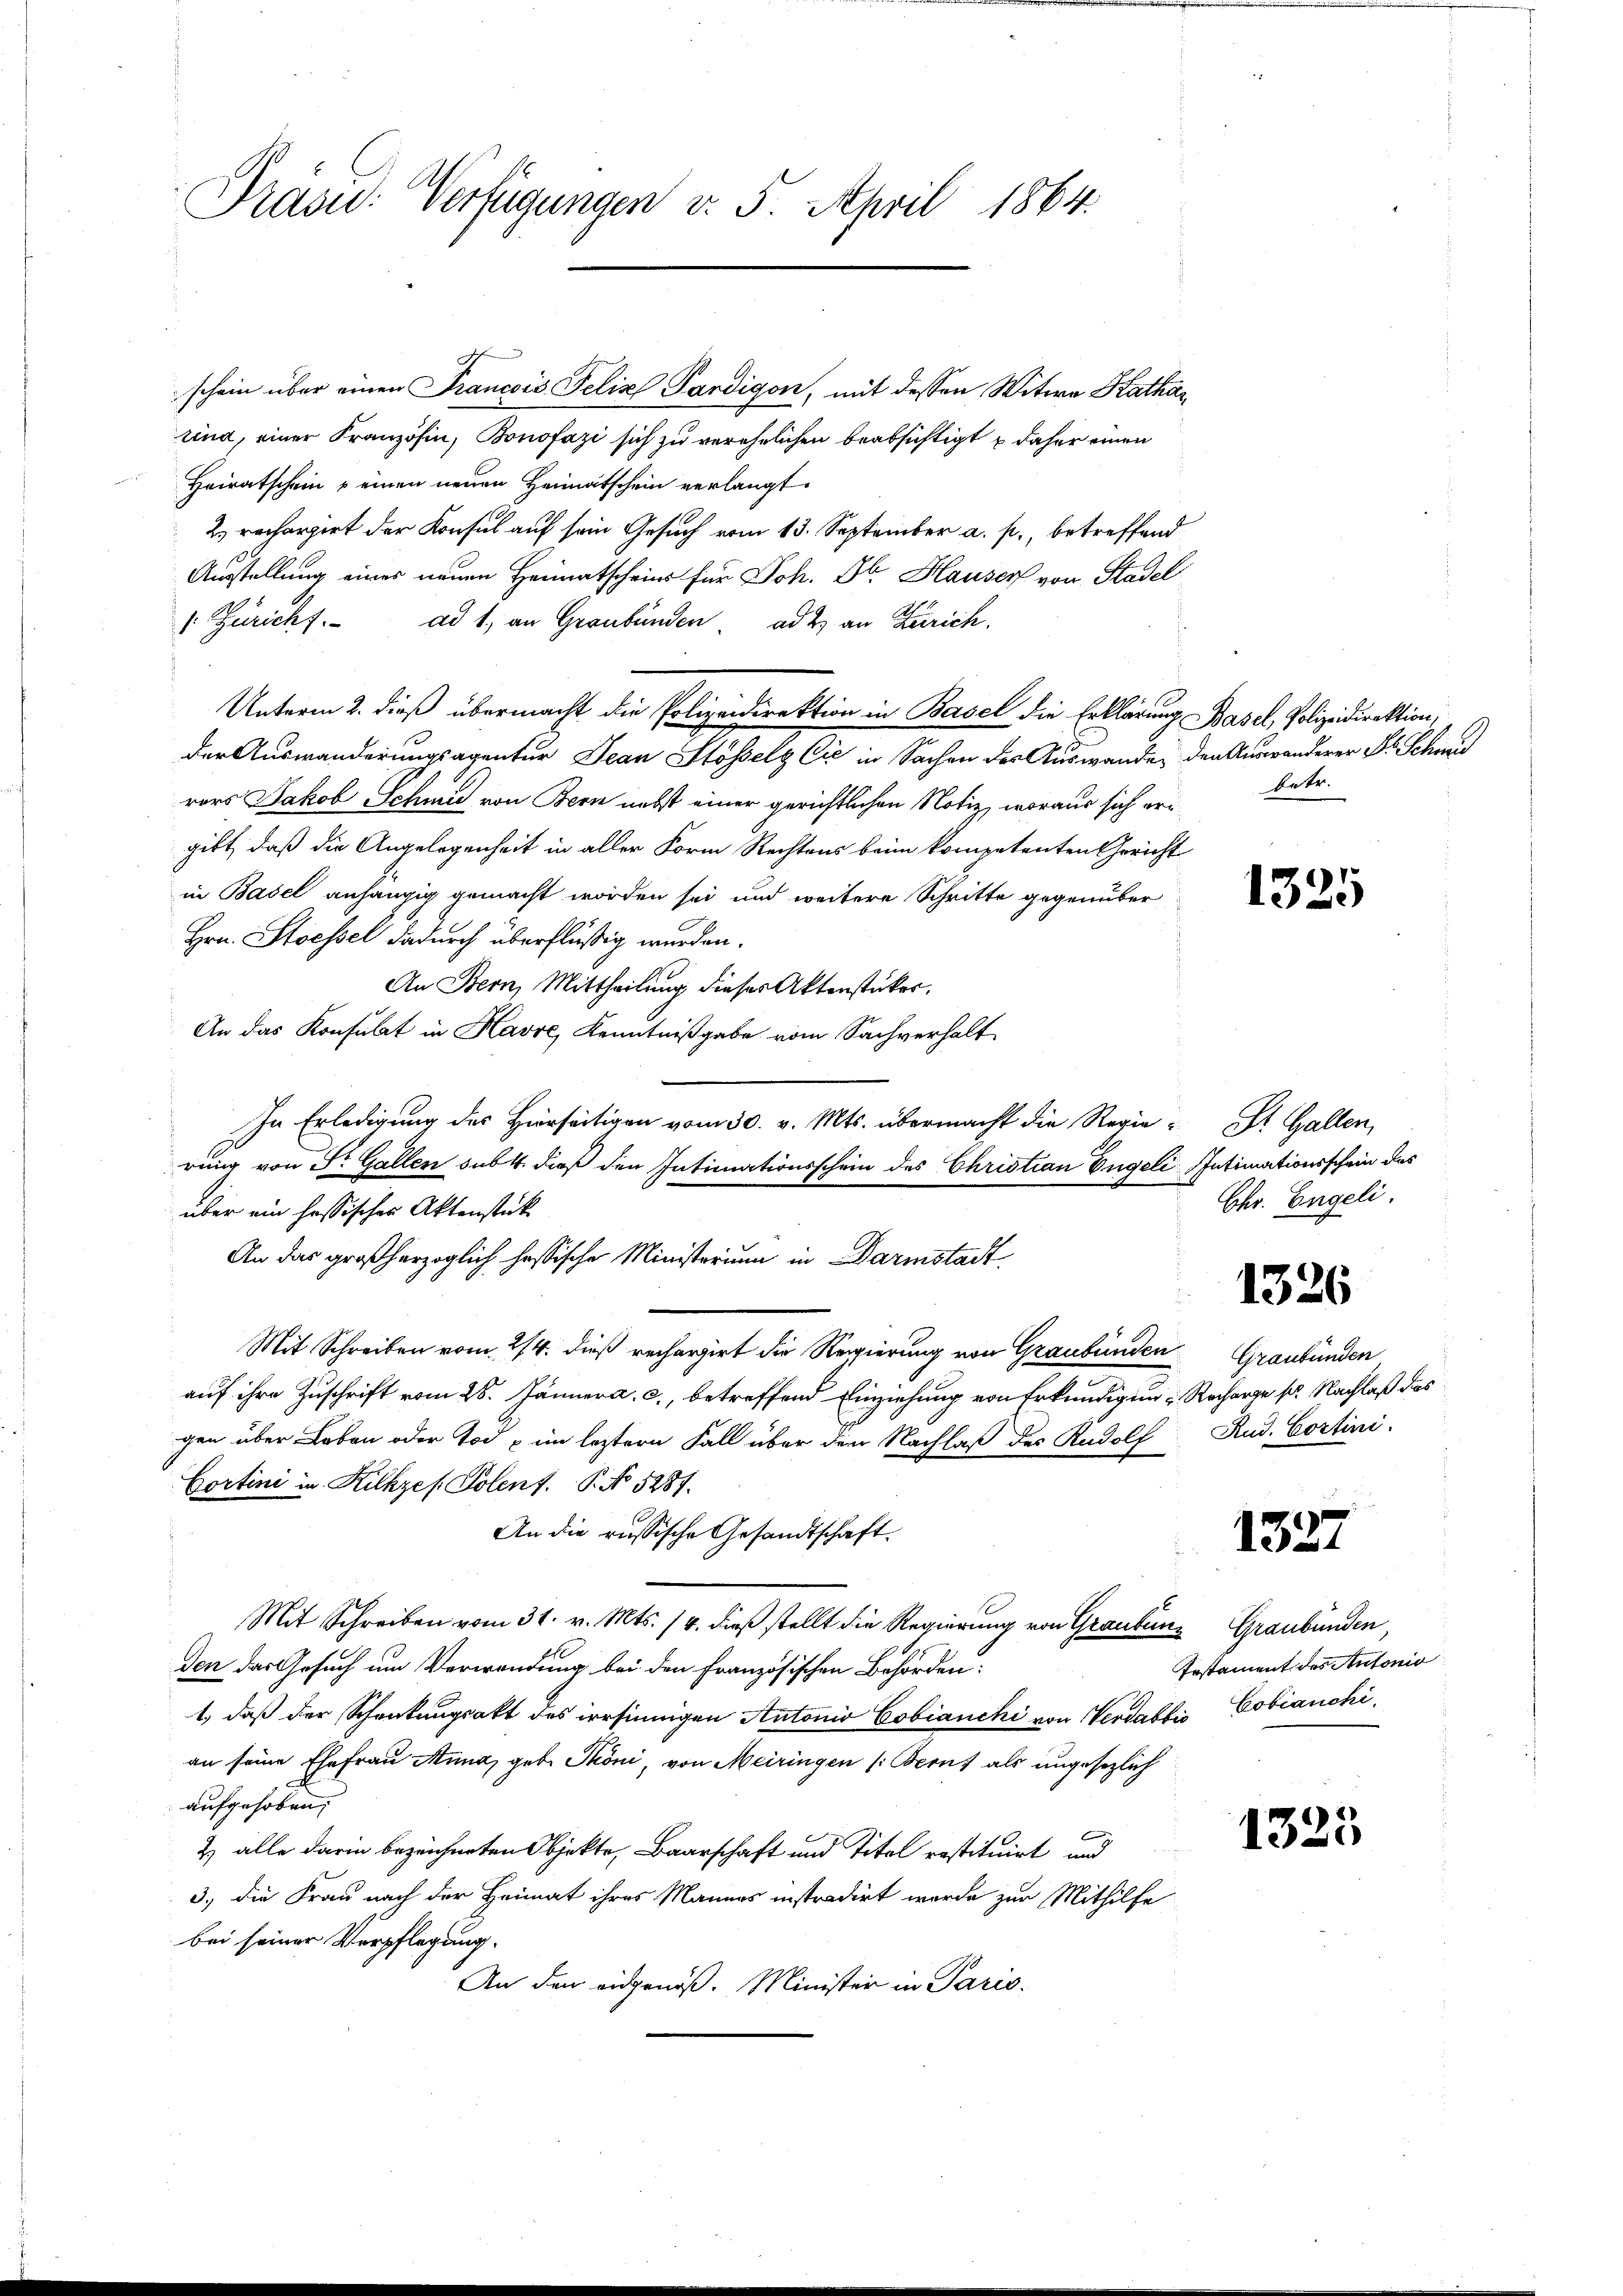
Präsid. Verfügungen v. 5. April 1864.

schein über einen Francois Felix Pardigen, mit dessen Witwe Kathar
rind, einer Französin, Bonofazi sich zu verehelichen beabsichtigt & daher einen
Heiratschein u einen neuen Heimatschein verlangt.
2) rechargirt der Konsul auf sein Gesuch vom 13. September a. p., betreffend
Ausstellung eines neuen Heimatscheins für Joh. Dr. Hauser von Stadel
 Züricht. ad 1, an Graubünden ad 2. an Zürich.
Unterm 2. dieß übermacht die Polizeidirektion in Basel die Erklärung Basel, Polizeidirektion,
der Auswanderungsagentur Jean Stösselg Cie in Sachen des Auswanden den Auswanderer Fr. Schweis
rors Jakob Schmid von Bern nebst einer gerichtlichen Notiz, woraus sich ergibt, daß die Angelegenheit in aller Form Rechtens beim kompetenten Gericht
in Basel anhängig gemacht worden sei und weitere Schritte gegenüber
Hrn. Stoessel dadurch überflüßig wurden.
An Bern, Mittheilung dieses Aktenstücker.
An das Konsulat in Havre, Kenntnißgabe vom Sachverhalt
In Erledigung des Hierseitigen vom 30. v. Mts. übermacht die Regie-St. Gallen,
rung von Sr. Gallen sub. 4. dieß den Intimationsschein des Christian Engeli IIntimationsschein das
über ein hassisches Aktenstück
An das großherzoglich hessische Ministerium in Darmstadt
Mit Schreiben vom 24. dieß rechargirt die Regierung von Graubünden
auf ihre Zuschrift vom 28. Jänner a. c., betreffend Einziehung von Erkundigung Recharge p. Nachlaß das
gen über Leben oder Tod im leztern Fall über den Nachlaß des Rudolf Rud. Costini
Cortini in Kilkzes. Solent. P. No 5281.
An die russische Gesandtschaft.
Mit Schreiben vom 31. v. Mts. 14. dieß stellt die Regierung von Graubunz Graubünden,
den das Gesuch um Verwendung bei den französischen Behörden:
1., daß der Schenkungsakt des irrsinnigen Autonio Cobianchi von Verdabtis Cobianchi,
an seine Ehefrau Anna, geb. Phöni, von Meiringen (Berns als ungesezlich
aufgehoben,
2) alle darin bezeichneten Objekte, Baarschaft und Titel restituirt und
3.) die Frau nach der Heimat ihres Mannes instradirt wurde zur Mithilfe
bei seiner Verpflegung.
An den eidgenöß. Minister in Paris.

betr.

1325

Chr. Engeli.

1326

Graubünden

1327

Irstament des Antonio

1323